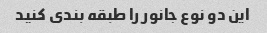
این دو نوع جانور را طبقه بندی کنید